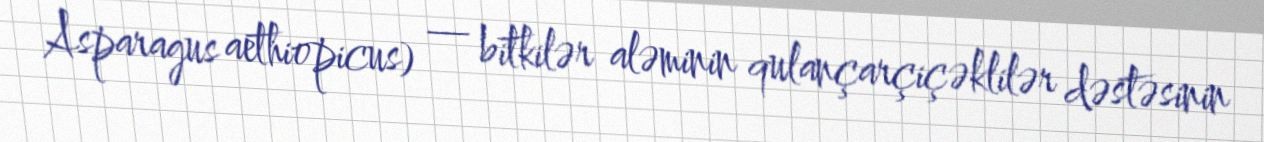
Asparagus aethiopicus) — bitkilər aləminin qulançarçiçəklilər dəstəsinin